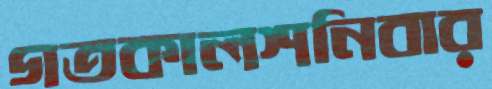
গতকালশনিবার